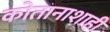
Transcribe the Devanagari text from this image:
कोतानाशाही